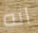
انه